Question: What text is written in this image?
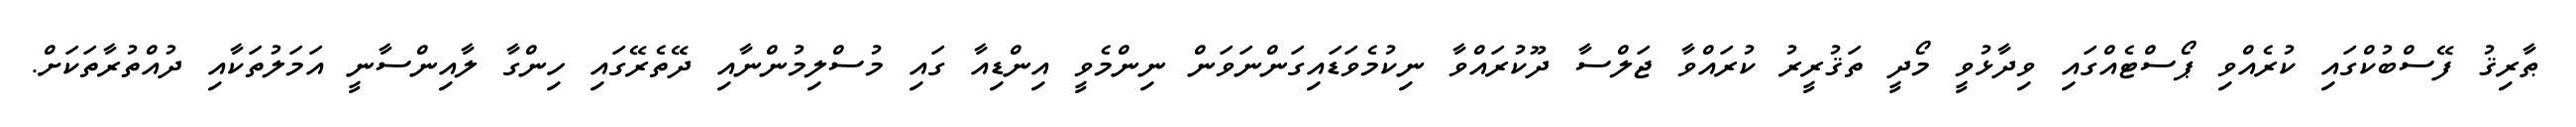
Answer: ޠާރިޤު ފޭސްބުކްގައި ކުރެއްވި ޕޯސްޓެއްގައި ވިދާޅުވީ މޯދީ ތަޤުރީރު ކުރައްވާ ޖަލްސާ ދޫކުރައްވާ ނިކުމެވަޑައިގަންނަވަން ނިންމެވީ އިންޑިއާ ގައި މުސްލިމުންނާއި ދޭތެރޭގައި ހިންގާ ލާއިންސާނީ އަމަލުތަކާއި ދުއްތުރާތަކަށް.